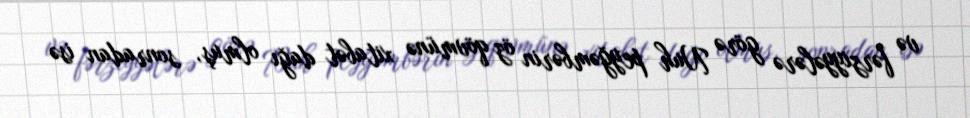
və fərziyyələrə görə Nuh peyğəmbərin öz qövmünə xitabət dağı olmuş, sonradan isə